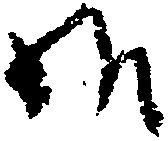
給